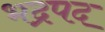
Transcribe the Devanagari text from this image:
भद्रपद